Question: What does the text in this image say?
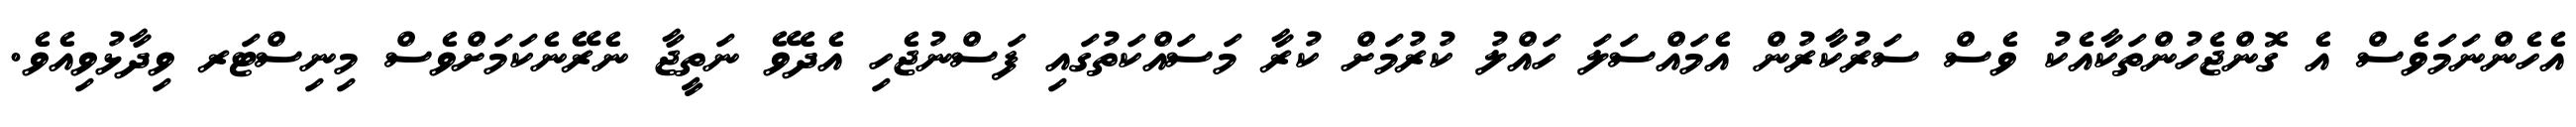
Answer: އެހެންނަމަވެސް އެ ގޮންޖެހުންތަކާއެކު ވެސް ސަރުކާރުން އެމައްސަލަ ހައްލު ކުރުމަށް ކުރާ މަސައްކަތުގައި ފަސްނުޖެހި އެދެވޭ ނަތީޖާ ނެރޭނެކަމަށްވެސް މިނިސްޓަރ ވިދާޅުވިއެވެ.